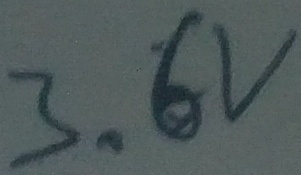
Text: 3.6V